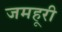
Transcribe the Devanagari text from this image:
जमहूरी